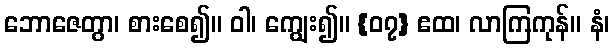
ဘောဇေတွာ၊ စားစေ၍။ ဝါ၊ ကျွေး၍။ {၀၇} ဧထ၊ လာကြကုန်။ နံ၊